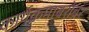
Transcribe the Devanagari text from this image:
कार्यक्रमाबरोबर